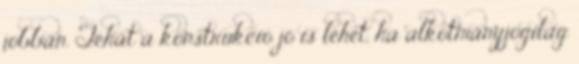
jobban. Tehát a konstrukció jó is lehet, ha alkotmányjogilag